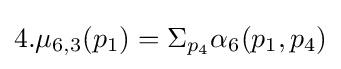
4.\mu _{6,3}(p_{1})=\Sigma _{p_{4}}\alpha _{6}(p_{1},p_{4})